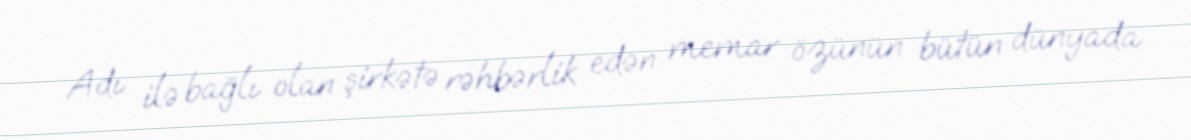
Adı ilə bağlı olan şirkətə rəhbərlik edən memar özünün bütün dünyada